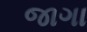
જાગા